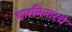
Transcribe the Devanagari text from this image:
चारमिनारचे